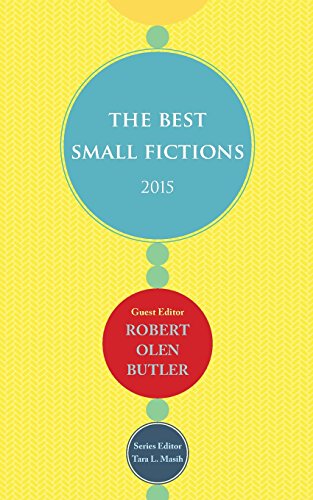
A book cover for The Best Small Fictions 2015; Literature & Fiction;